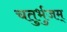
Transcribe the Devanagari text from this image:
चतुर्भुजम्